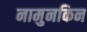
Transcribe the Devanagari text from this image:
नामुनकिन